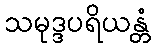
သမုဒ္ဒပရိယန္တံ